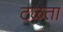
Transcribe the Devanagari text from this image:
टळता